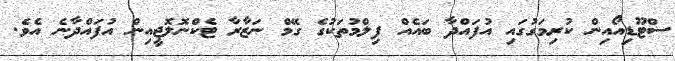
ސްޓޫޑިއޯއިން ކުރިމަގުގައި އުފައްދާ ބައެއް ފިލްމުތަކުގެ ގޭމް ނަޒާރާ ޓެކްނޮލޮޖީއިން އުފައްދާނެ އެވެ.